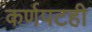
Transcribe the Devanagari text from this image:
कर्णपटही